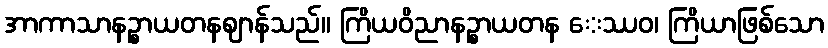
အာကာသာနဉ္စာယတနဈာန်သည်။ ကြိယဝိညာနဉ္စာယတန ေဿဝ၊ ကြိယာဖြစ်သော